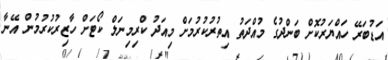
އަޑުބަރޭ ހައްޔަރުކޮށް ބަންދުގެ މުއްދަތު އިތުރުކުރުމަށް މިއަދު ކްރިމިނަލް ކޯޓަށް ހާޒިރުކުރުމުން އޭނާ